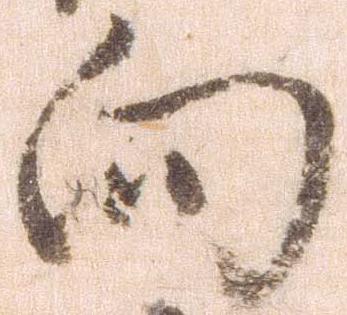
向